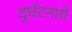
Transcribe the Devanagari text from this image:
दुर्घटनाये